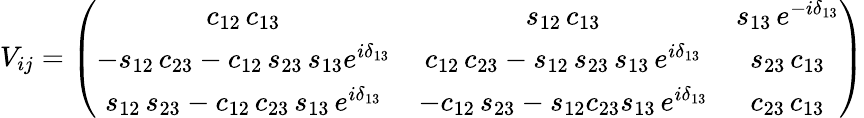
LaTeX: V_{ij}=\left(\begin{array}{ccc}{{c_{12}\, c_{13}}}&{{s_{12}\, c_{13}}}&{{s_{13}\, e^{-i\delta_{13}}}}\\ {{-s_{12}\, c_{23}-c_{12}\, s_{23}\, s_{13}e^{i\delta_{13}}}}&{{c_{12}\, c_{23}-s_{12}\, s_{23}\, s_{13}\, e^{i\delta_{13}}}}&{{s_{23}\, c_{13}}}\\ {{s_{12}\, s_{23}-c_{12}\, c_{23}\, s_{13}\, e^{i\delta_{13}}}}&{{-c_{12}\, s_{23}-s_{12}c_{23}s_{13}\, e^{i\delta_{13}}}}&{{c_{23}\, c_{13}}}\end{array}\right)